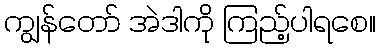
ကျွန်တော် အဲဒါကို ကြည့်ပါရစေ။